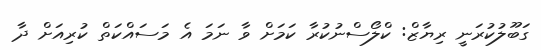
ގަބޫލުކުރަނީ ރިޔާޒް: ކްލޯސްނުކުރާ ކަމަށް ވާ ނަމަ އެ މަސައްކަތް ކުރިއަށް ދާ